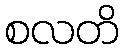
စလတိ